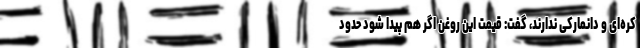
کره‌ای و دانمارکی ندارند، گفت: قیمت این روغن اگر هم پیدا شود حدود